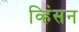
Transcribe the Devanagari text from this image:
व्हिंसन